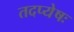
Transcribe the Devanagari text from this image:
तदप्येषः